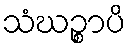
သံဃဉ္စာပိ